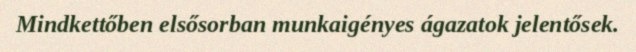
Mindkettőben elsősorban munkaigényes ágazatok jelentősek.